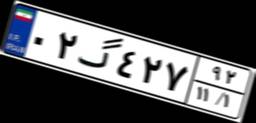
۲۶گ۱۳۷۱۰